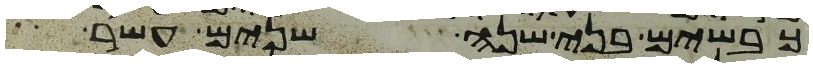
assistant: כבשים בני שנה שנים עשר